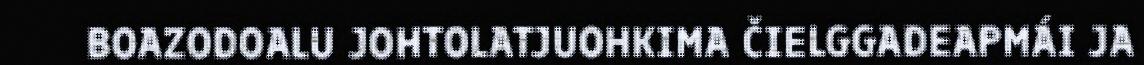
BOAZODOALU JOHTOLATJUOHKIMA ČIELGGADEAPMÁI JA